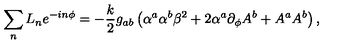
\sum _ { n } L _ { n } e ^ { - i n \phi } = - { \frac { k } { 2 } } g _ { a b } \left( \alpha ^ { a } \alpha ^ { b } \beta ^ { 2 } + 2 \alpha ^ { a } \partial _ { \phi } A ^ { b } + A ^ { a } A ^ { b } \right) ,